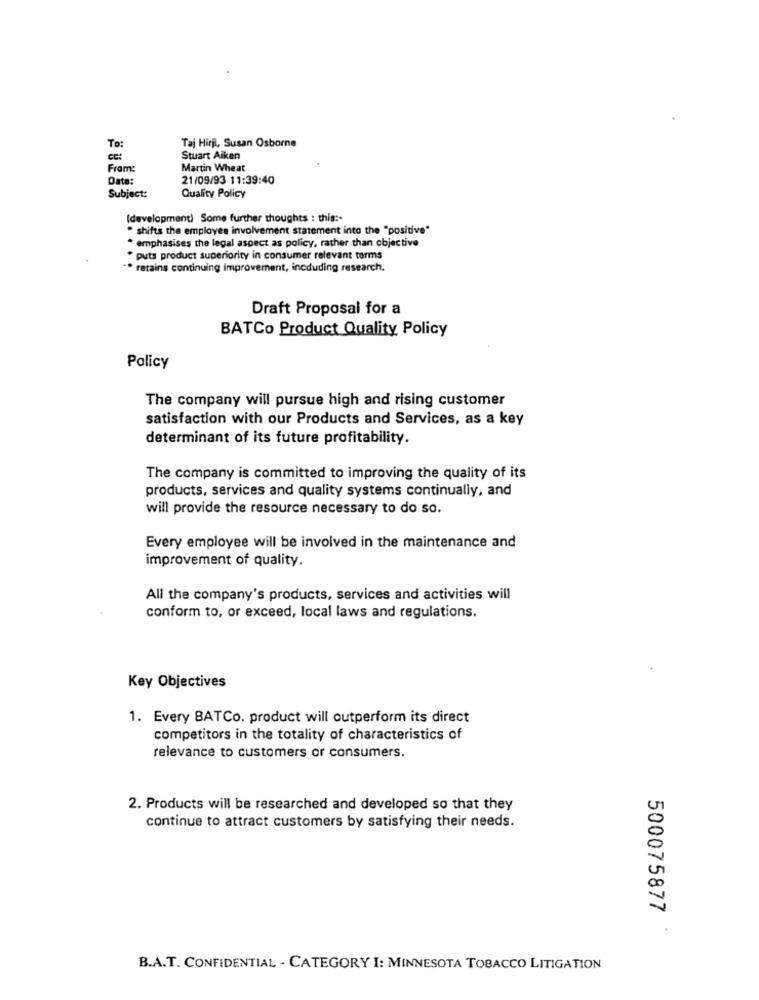
Taj Hirji, Susan Osborne
To:
Stuart Aiken
Fram:
Martin Wheat
Date:
21/09/93 11:39:40
Subject:
Quality Policy
(development) Some further thoughts : this :-
" shifts the employes involvement statement into the "positive"
. emphasises the legal aspect as policy, rather than objective
" puts product superiority in consumer relevant turms
"* retains continuing improvement, incduding research.
Draft Proposal for a
BATCo Product Quality Policy
Policy
The company will pursue high and rising customer
satisfaction with our Products and Services, as a key
determinant of its future profitability.
The company is committed to improving the quality of its
products, services and quality systems continually, and
will provide the resource necessary to do so.
Every employee will be involved in the maintenance and
improvement of quality.
All the company's products, services and activities will
conform to, or exceed, local laws and regulations.
Key Objectives
1. Every BATCo. product will outperform its direct
competitors in the totality of characteristics of
relevance to customers or consumers.
2. Products will be researched and developed so that they
continue to attract customers by satisfying their needs.
500075877
.
B.A.T. CONFIDENTIAL - CATEGORY I: MINNESOTA TOBACCO LITIGATION